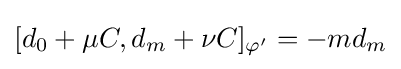
[d_{0}+\mu C,d_{m}+\nu C]_{\varphi '}=-md_{m}